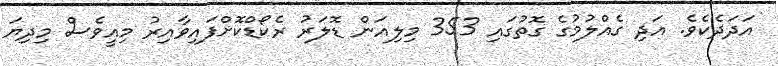
އަދަދެކެވެ. އަދި ގެއްލުމުގެ ގޮތުގައި 353 މިލިއަން ޑޮލަރު ރެކޯޑްކޮށްފައިވާއިރު މިއީވެސް މިދިޔަ